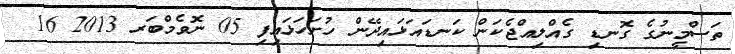
ތަސްމީނުގެ ގޮނޑި ގެއްލިއްޖެކަން ކަނޑައަޅައިދޭން ހުށަހަޅައިފި 05 ނޮވެމްބަރ 2013 16